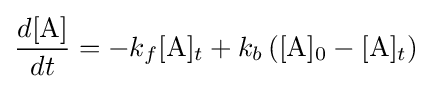
{\frac {d[{\mathrm {A} }]}{dt}}=-k_{f}[{\mathrm {A} }]_{t}+k_{b}\left([{\mathrm {A} }]_{0}-[{\mathrm {A} }]_{t}\right)